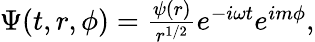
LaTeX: \begin{array}{r}{\Psi(t,r,\phi)=\frac{\psi(r)}{r^{1/2}}e^{-i\omega t}e^{im\phi},}\end{array}